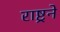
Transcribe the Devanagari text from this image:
राष्ट्रने